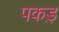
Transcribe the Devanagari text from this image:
पकड़़